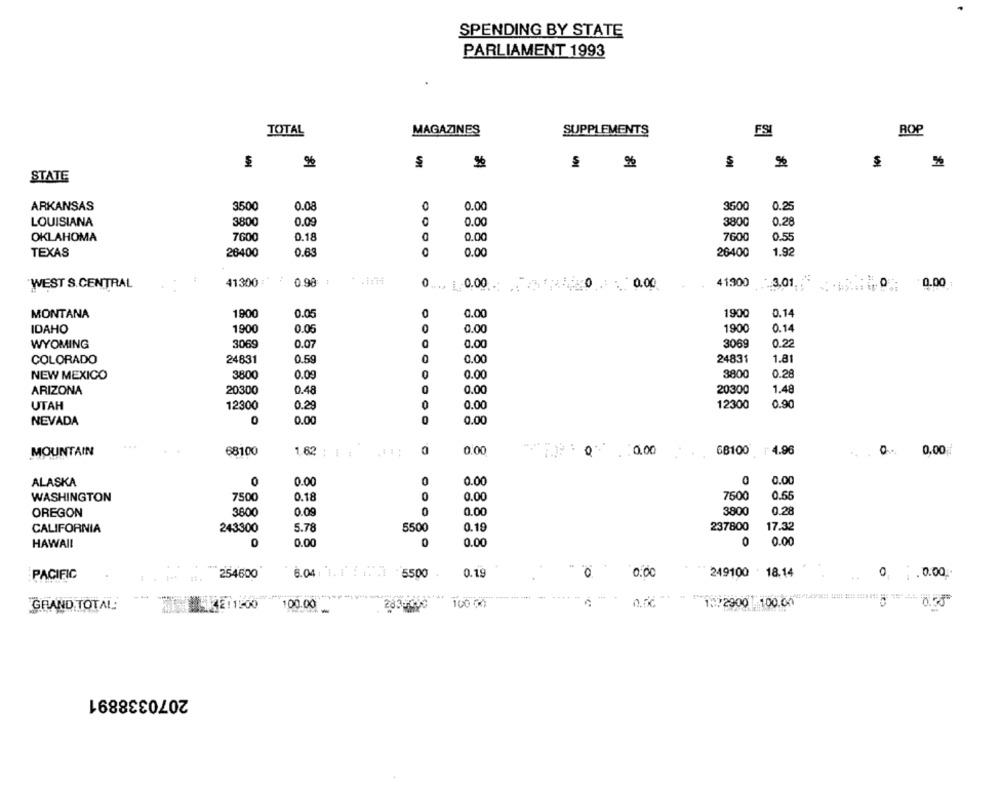
SPENDING BY STATE
PARLIAMENT 1993
TOTAL
MAGAZINES
SUPPLEMENTS
FSI
ROP
%
%
%
%
STATE
ARKANSAS
3500
0.08
0
0.00
3600
0.25
3800
0.09
0.00
3800
LOUISIANA
0.28
7600
0.18
0.00
7600
0.55
OKLAHOMA
TEXAS
26400
0.63
0.00
26400
1.92
WEST S.CENTRAL
41300 1"
0.98
C
0.00
0
0.00
41300
0.00
3.01.
MONTANA
1900
0.05
0
0.00
1900
0.14
IDAHO
1900
0.05
0
0.00
1900
0.14
WYOMING
3069
0.07
0.00
3069
0.22
COLORADO
24831
0.59
0
0.00
24831
1.81
NEW MEXICO
3800
0.00
0
0.00
3800
0.28
0.00
20300
ARIZONA
20300
0.48
0
1.48
0.00
0.90
UTAH
12300
0.29
0
12300
0
0
0.00
NEVADA
0.00
MOUNTAIN
68100
0.00
0,00
68100 1 4.96
0 0,00
1.62 : 1 1
ALASKA
0
0.00
0
0.00
0.00
WASHINGTON
7500
0.18
0
0.00
7600
0.55
OREGON
3800
0.09
0
0.00
3800
0.28
CALIFORNIA
243300
5.78
5500
0.19
237800
17.32
HAWAII
0
0.00
0
0.00
0
0.00
PACIFIC
254600
6.04 . 1. 1 : 1. 5500
0.19
0.00
249100 18.14
0. . . 0.00
0.53
GRAND TOTAL
100.00
283
1.72900 100.00
2070338891